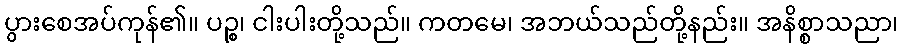
ပွားစေအပ်ကုန်၏။ ပဉ္စ၊ ငါးပါးတို့သည်။ ကတမေ၊ အဘယ်သည်တို့နည်း။ အနိစ္စာသညာ၊